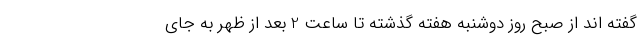
گفته اند از صبح روز دوشنبه هفته گذشته تا ساعت 2 بعد از ظهر به جای